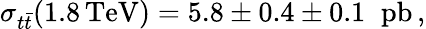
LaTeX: \sigma_{t\bar{t}}(1.8\, \mathrm{TeV})=5.8\pm 0.4\pm 0.1\; \; \mathrm{pb}\, ,